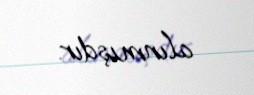
alınmışdır.